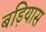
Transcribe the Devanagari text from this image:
बड़ियास